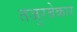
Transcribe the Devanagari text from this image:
तजुरबेकार